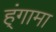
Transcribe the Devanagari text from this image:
ह्ंगामा